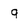
Character: q